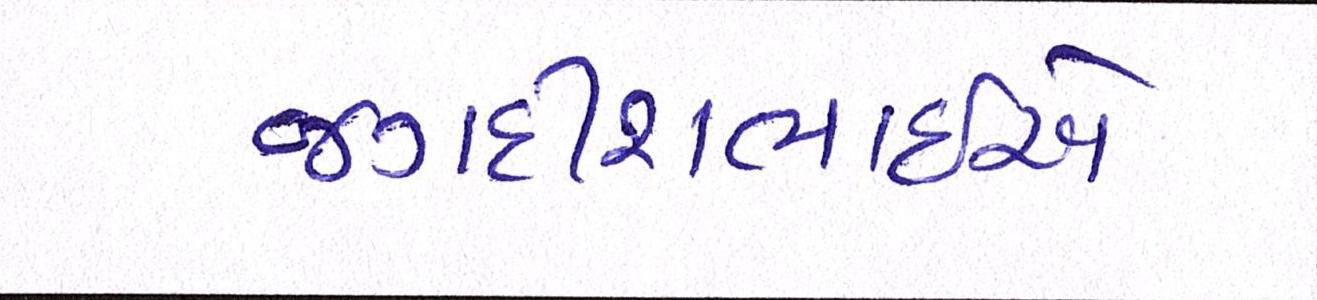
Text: જગદીશભાઇએ